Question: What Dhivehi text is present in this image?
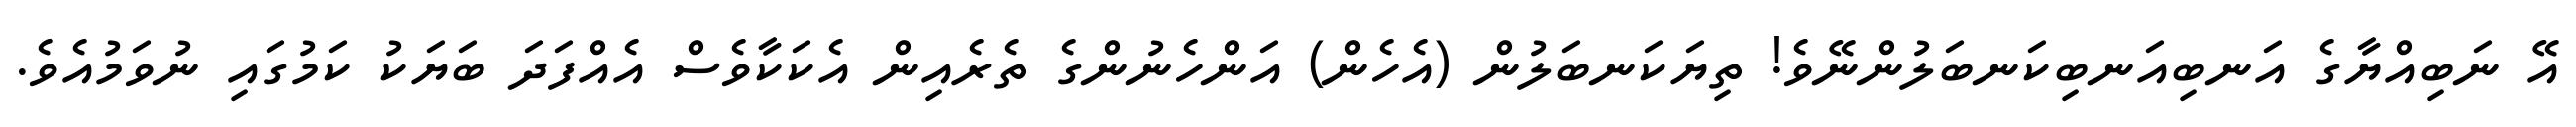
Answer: އޭ ނަބިއްޔާގެ އަނބިއަނބިކަނބަލުންނޭވެ! ތިޔަކަނބަލުން (އެހެން) އަންހެނުންގެ ތެރެއިން އެކަކާވެސް އެއްފަދަ ބަޔަކު ކަމުގައި ނުވަމުއެވެ.